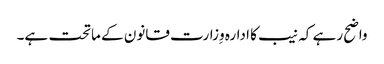
واضح رہے کہ نیب کا ادارہ وِزارت قانون کے ماتحت ہے۔